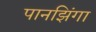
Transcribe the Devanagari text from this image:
पानझिंगा